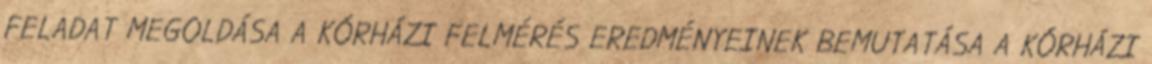
FELADAT MEGOLDÁSA A KÓRHÁZI FELMÉRÉS EREDMÉNYEINEK BEMUTATÁSA A KÓRHÁZI